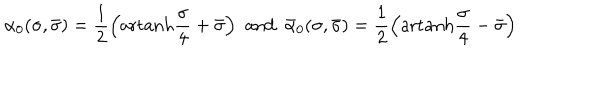
\alpha _ { 0 } ( \sigma , \bar { \sigma } ) = \frac { 1 } { 2 } \left( \mathrm { a r t a n h } \frac { \sigma } { 4 } + \bar { \sigma } \right) \, \, \mathrm { a n d } \, \, \, \bar { \alpha } _ { 0 } ( \sigma , \bar { \sigma } ) = \frac { 1 } { 2 } \left( \mathrm { a r t a n h } \frac { \sigma } { 4 } - \bar { \sigma } \right)